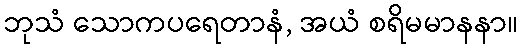
ဘုသံ သောကပရေတာနံ, အယံ စရိမမာနနာ။